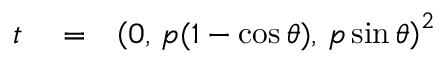
\begin{array} { r l r } { t } & { { } = } & { \left( 0 , \, p ( 1 - \cos \theta ) , \, p \sin \theta \right) ^ { 2 } } \end{array}